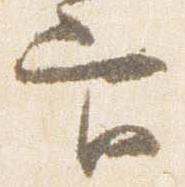
官